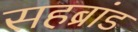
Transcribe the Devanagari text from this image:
सहब्रांड